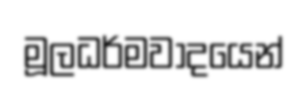
මූලධර්මවාදයෙන්